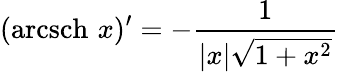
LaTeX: (\operatorname{arcsch}\, x)^{\prime}=-{\frac{1}{|x|{\sqrt{1+x^{2}}}}}